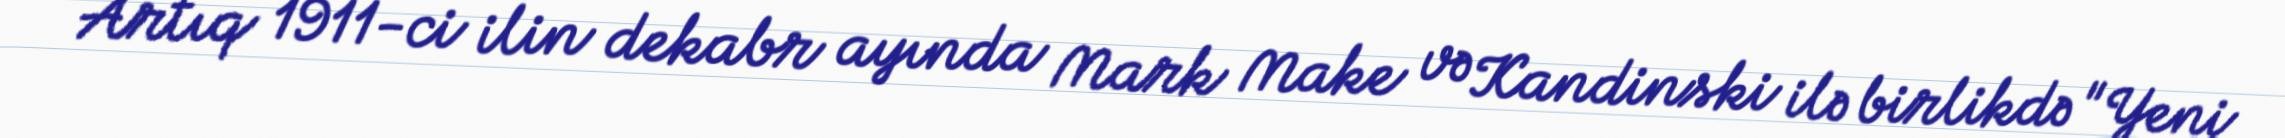
Artıq 1911-ci ilin dekabr ayında Mark Make və Kandinski ilə birlikdə "Yeni